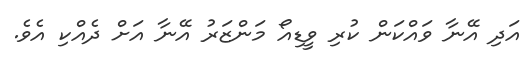
އަދި އޭނާ ވައްކަން ކުރި ވީޑިއޯ މަންޒަރު އޭނާ އަށް ދެއްކި އެވެ.